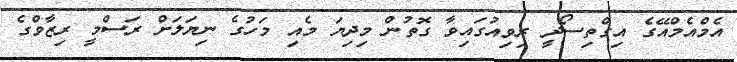
އެމްއެމްއޭގެ އިގްތިސޯދީ ރިވިއުގައިވާ ގޮތުން މިދިޔަ މެއި މަހުގެ ނިޔަލަށް ރަސްމީ ރިޒާވްގެ